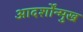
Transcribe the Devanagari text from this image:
आदर्शोंन्मुख